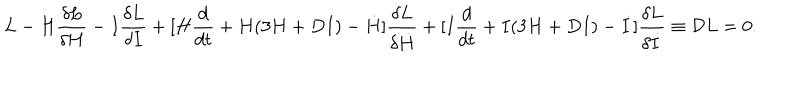
LaTeX: L - H { \frac { \delta L } { \delta H } } - I { \frac { \delta L } { \delta I } } + [ H { \frac { d } { d t } } + H ( 3 H + D I ) - \dot { H } ] { \frac { \delta L } { \delta \dot { H } } } + [ I { \frac { d } { d t } } + I ( 3 H + D I ) - \dot { I } ] { \frac { \delta L } { \delta \dot { I } } } \equiv { \cal D } L = 0 .